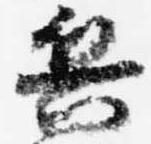
兵